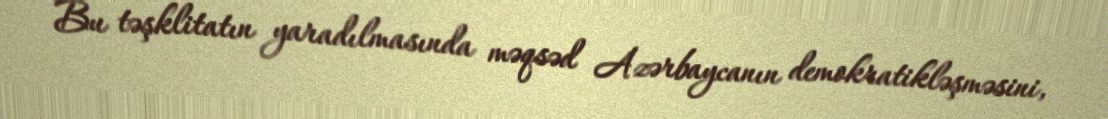
Bu təşklitatın yaradılmasında məqsəd Azərbaycanın demokratikləşməsini,